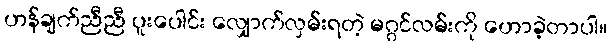
ဟန်ချက်ညီညီ ပူးပေါင်း လျှောက်လှမ်းရတဲ့ မဂ္ဂင်လမ်းကို ဟောခဲ့တာပါ။